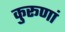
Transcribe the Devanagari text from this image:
कुरूणां